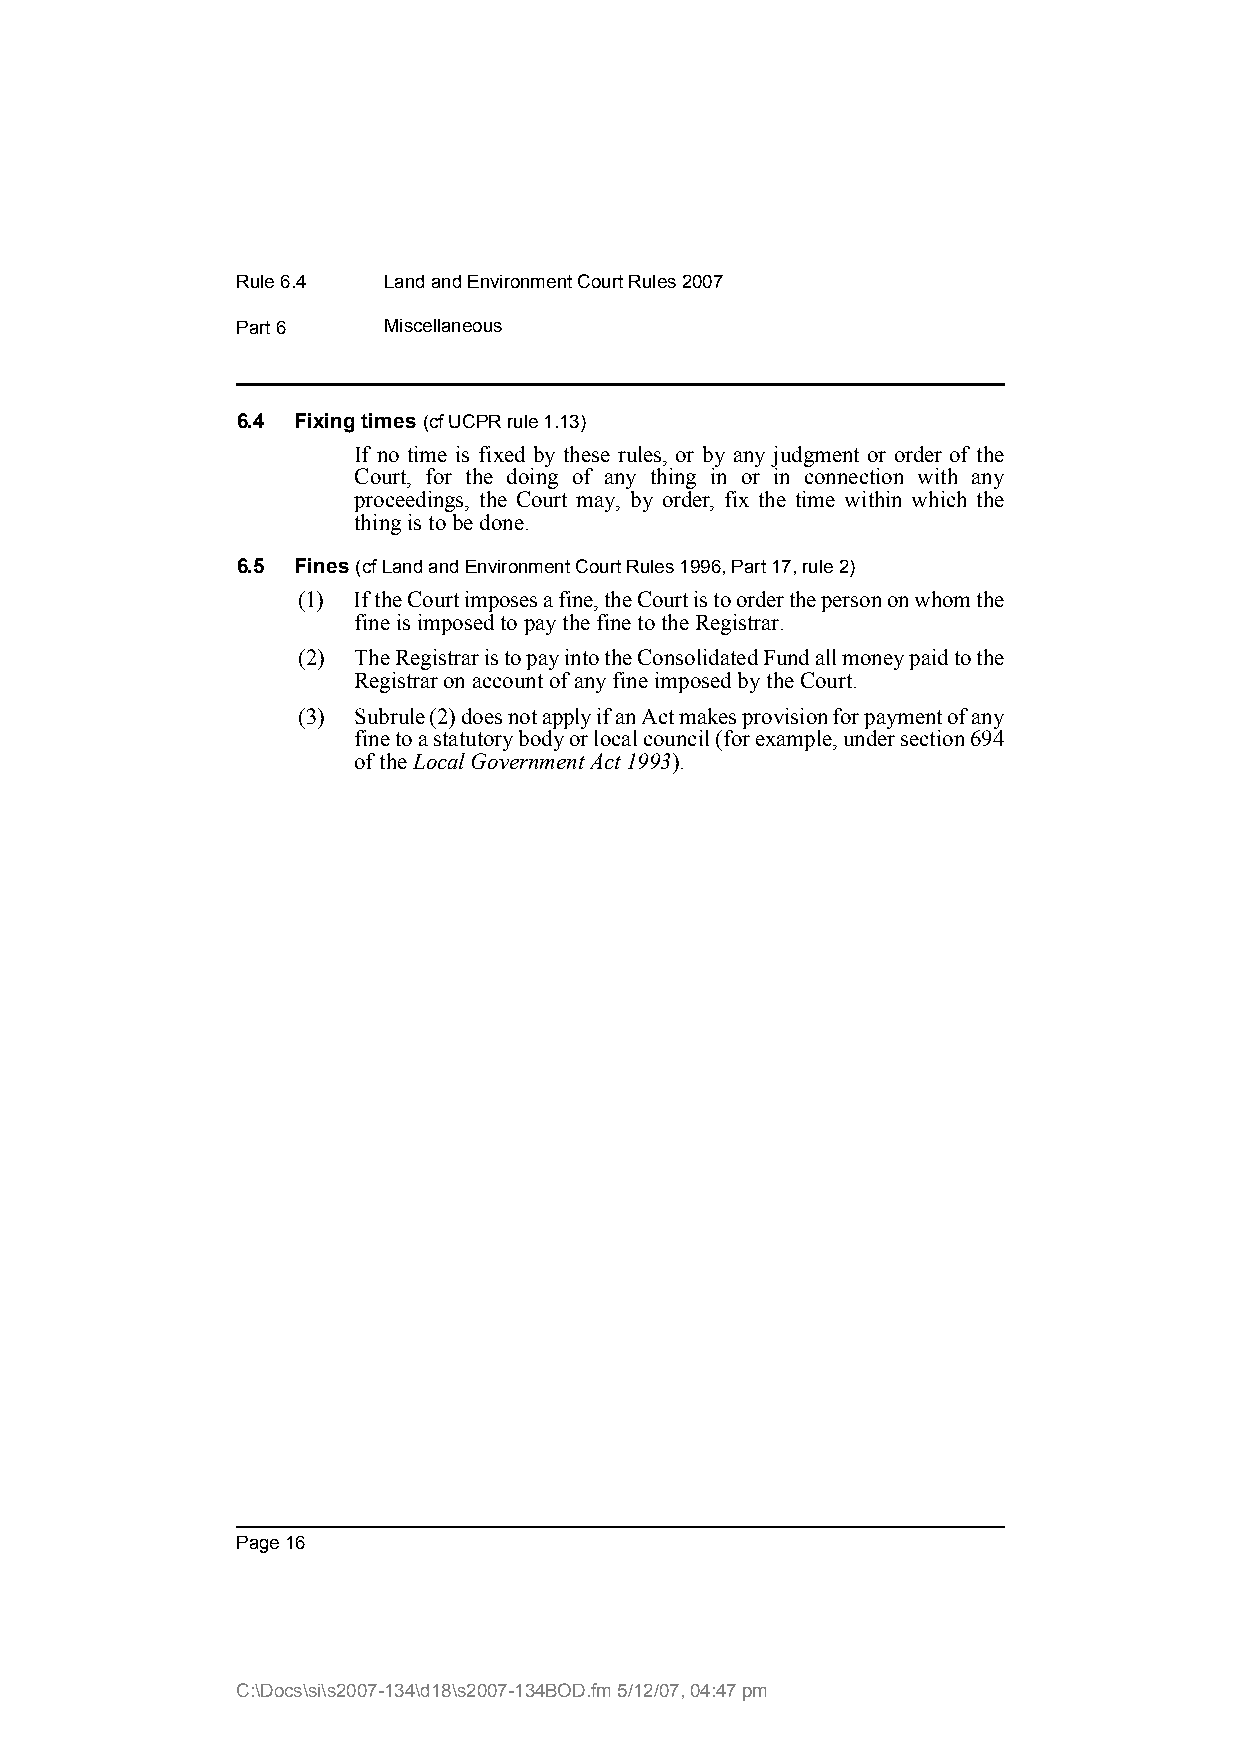
Rule 6.4 Land and Environment Court Rules 2007
 Part 6   Miscellaneous
 6.4 Fixing times (cf UCPR rule 1.13)
 If no time is fixed by these rules, or by any judgment or order of the
 Court, for the doing of any thing in or in connection with any
 proceedings, the Court may, by order, fix the time within which the
 thing is to be done.
 6.5 Fines (cf Land and Environment Court Rules 1996, Part 17, rule 2)
 (1) If the Court imposes a fine, the Court is to order the person on whom the
 fine is imposed to pay the fine to the Registrar.
 (2) The Registrar is to pay into the Consolidated Fund all money paid to the
 Registrar on account of any fine imposed by the Court.
 (3) Subrule (2) does not apply if an Act makes provision for payment of any
 fine to a statutory body or local council (for example, under section 694
 of the Local Government Act 1993).
 Page 16
 C:\Docs\si\s2007-134\d18\s2007-134BOD.fm 5/12/07, 04:47 pm